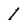
Character: 1